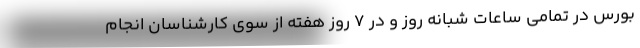
بورس در تمامی ساعات شبانه روز و در 7 روز هفته از سوی کارشناسان انجام